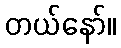
တယ်နော်။